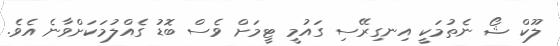
ލޫކް ޝޯ ނެތުމަކީ އިނގިރޭސި ގައުމީ ޓީމަށް ވެސް ބޮޑު ގެއްލުމަކަށްވާނެ އެވެ.